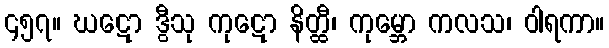
၄၅၇။ ဃဋော ဒွီသု ကုဋော နိတ္ထီ၊ ကုမ္ဘော ကလသ၊ ဝါရကာ။